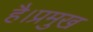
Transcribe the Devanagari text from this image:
है।प्रमुख